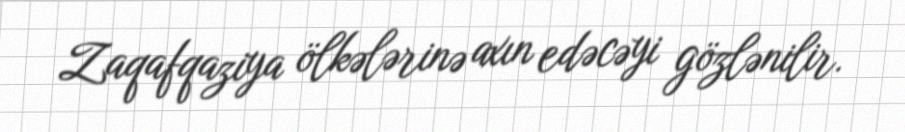
Zaqafqaziya ölkələrinə axın edəcəyi gözlənilir.